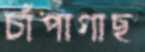
চাঁপাগাছ